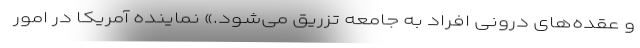
و عقده‌های درونی افراد به جامعه تزریق می‌شود.» نماینده آمریکا در امور